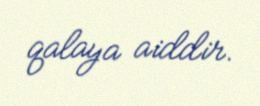
qalaya aiddir.